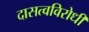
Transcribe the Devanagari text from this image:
दासत्वविरोधी